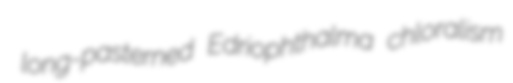
long-pasterned Edriophthalma chloralism